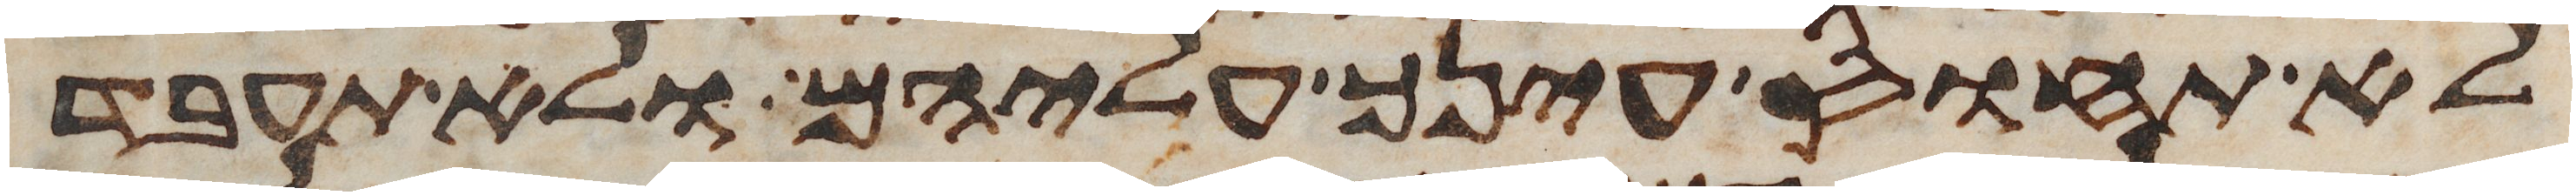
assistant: לא תחוס עינך עליהם ולא תעבד